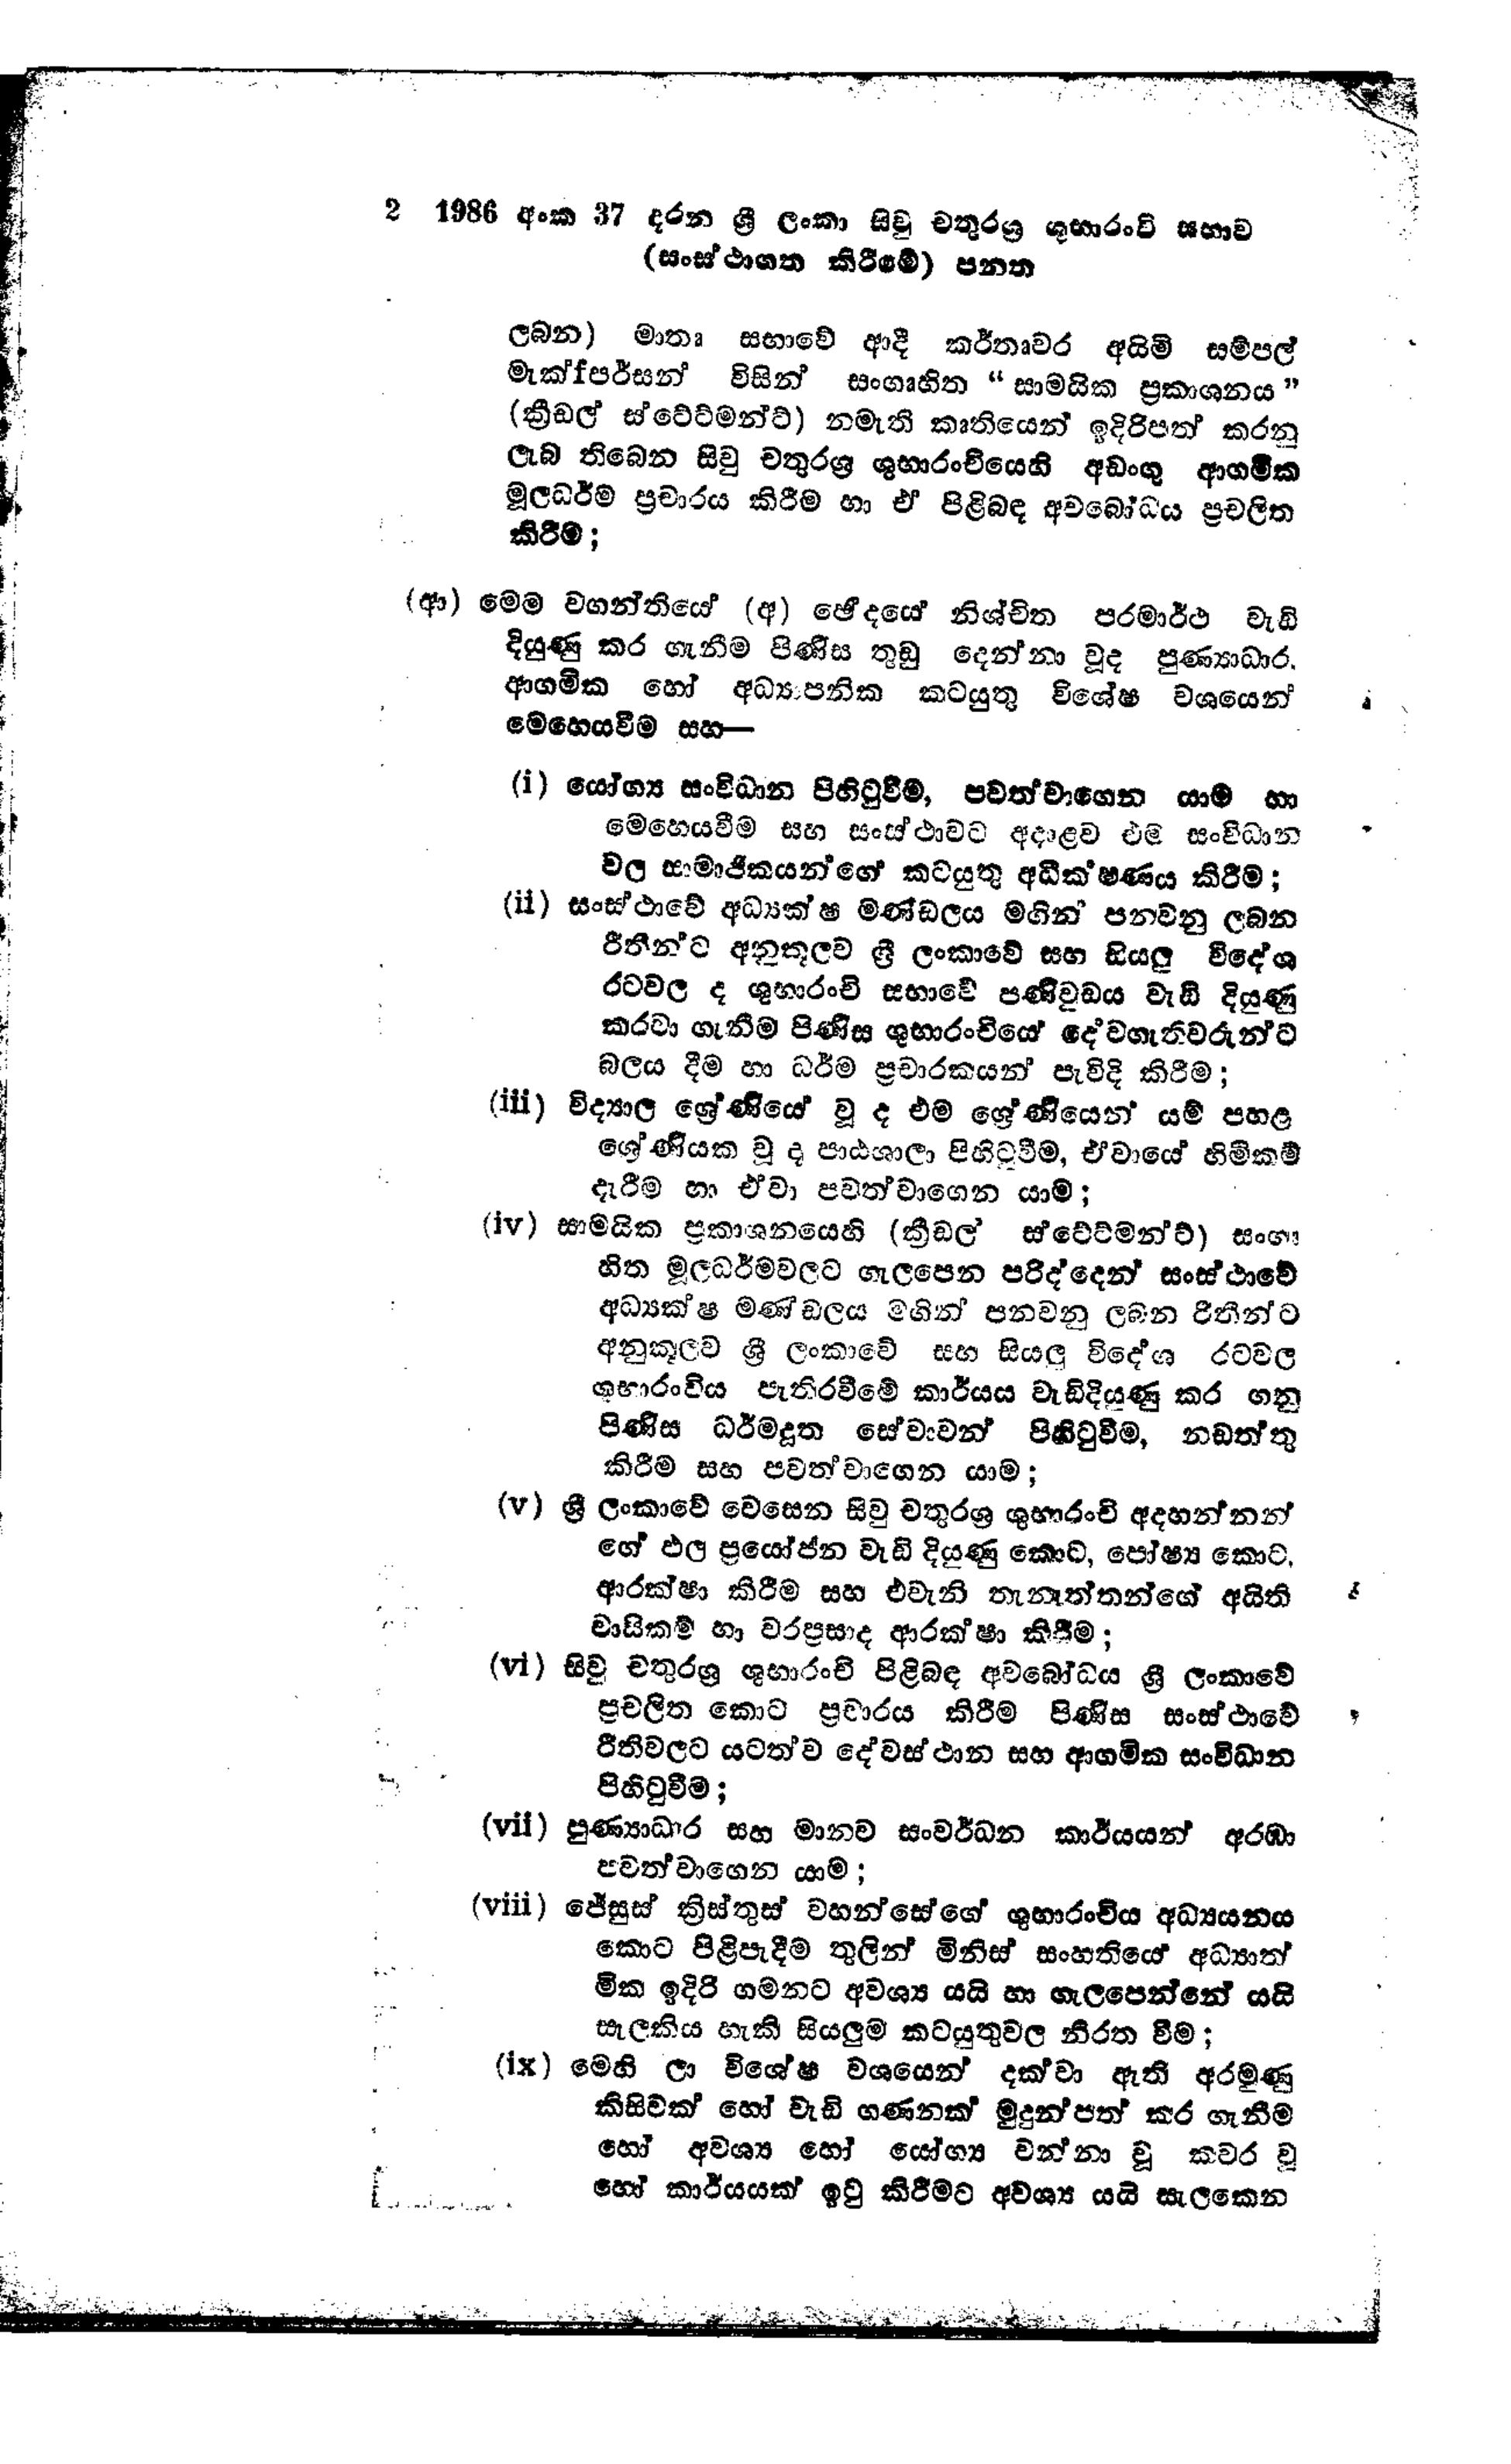
2 1986 අංක 37 දරන ශ්‍රී ලංකා සිවු චතුරශ්‍ර ශුභාරංචි සභාව
(සංස්ථාගත කිරීමේ) පනත

ලබන) මාතෘ සභාවේ ආදි කර්තෘවර අයිමි සම්පල්
මැක්ෆ්පර්සන් විසින් සංගෘහිත "සාමයික ප්‍රකාශනය"
(ක්‍රීඩල් ස්ටේට්මන්ට්) නමැති කෘතියෙන් ඉදිරිපත් කරනු
ලැබ තිබෙන සිවු චතුරශ්‍ර ශුභාරංචියෙහි අඩංගු ආගමික
මූල ධර්ම ප්‍රචාරය කිරීම හා ඒ පිළිබඳ අවබෝධය ප්‍රචලිත
කිරීම;

(ආ) මෙම වගන්තියේ (අ) ඡෙද‍යේ නිශ්චිත පරමාර්ථ වැඩි
දියුණු කර ගැනීම පිණිස තුඩු දෙන්නා වූද පුණ්‍යාධාර.
ආගමික හෝ අධ්‍යාපනික කටයුතු විශේෂ වශයෙන්
මෙහෙයවීම සහ—

(i) යෝග්‍ය සංවිධාන පිහිටුවීම, පවත්වාගෙන යාම හා
මෙහෙයවීම සහ සංස්ථාවට අදාළව එම සංවිධාන
වල සාමාජිකයන්ගේ කටයුතු අධීක්ෂණය කිරීම;

(ii) සංස්ථාවේ අධ්‍යක්ෂ මණ්ඩලය මගින් පනවනු ලබන
රීතීන්ට අනුකූලව ශ්‍රී ලංකාවේ සහ සියලු විදේශ
රටවල ද ශුභාරංචි සභාවේ පණිවුඩය වැඩි දියුණු
කරවා ගැනීම පිණිස ශුභාරංචියේ දේවගැතිවරුන්ට
බලය දීම හා ධර්ම ප්‍රචාරකයන් පැවිදි කිරීම;

(iii) විද්‍යාල ශ්‍රේණියේ වූ ද එම ශ්‍රේණියෙන් යම් පහළ
ශ්‍රේණියක වූ ද පාඨශාලා පිහිටුවීම, ඒවායේ හිමිකම්
දැරීම් හා ඒවා පවත්වාගෙන යාම්;

(iv) සාමයික ප්‍රකාශනයෙහි (ක්‍රීඩල් ස්ටේට්මන්ට්) සංගෘ
හිත මූලධර්මවලට ගැලපෙන පරිද්ද්දෙන් සංස්ථාවේ
අධ්‍යක්ෂ මණ්ඩලය මගින් පනවනු ලබන රිතීන්ට
අනුකූලව ශ්‍රී ලංකාවේ සහ සියලු විදේශ රටවල
ශුභාරංචිය පැතිරවීමේ කාර්යය වැඩි දියුණු කර ගනු
පිණිස ධර්මදූත සේවාවන් පිහිටුවීම, නඩත්තු
කිරීම සහ පවත්වාගෙන යාම;

(v) ශ්‍රී ලංකාවේ වෙසෙන සිවු චතුරශ්‍ර ශුභාරංචි අදහන්නන්
ගේ ඵල ප්‍රයෝජන වැඩි දියුණු කොට, පෝෂ්‍ය කොට
ආරක්ෂා කිරීම සහ එවැනි තැනැත්තන්ගේ අයිති
වාසිකම් හා වරප්‍රසාද ආරක්ෂා කිරීම;

(vi) සිවු චතුරශ්‍ර ශුභාරංචි පිළිබඳ අවබෝධය ශ්‍රී ලංකාවේ
ප්‍රචලිත කොට ප්‍රචාරය කිරීම පිණිස සංස්ථාවේ
රීතිවලට යටත්ව දේවස්ථාන සහ ආගමික සංවිධාන
පිහිටුවීම;

(vii) පුණ්‍යාධාර සහ මානව සංවර්ධන කාර්යයන් අරඹා
පවත්වාගෙන යාම;

(viii) ජේසුස් ක්‍රිස්තුස් වහන්සේගේ ශුභාරංචිය අධ්‍යයනය
කොට පිළිපැදීම තුලින් මිනිස් සංහතියේ අධ්‍යාත්
මික ඉදිරි ගමනට අවශ්‍ය යයි හා ගැලපෙන්නේ යයි
සැලකිය හැකි සියලුම කටයුතු වල නිරත වීම;

(ix) මෙහි ලා විශේෂ වශයෙන් දක්වා ඇති අරමුණු
කිසිවක් හෝ වැඩි ගණනක් මුදුන්පත් කර ගැනීම
හෝ අවශ්‍ය හෝ යෝග්‍ය වන්නා වූ කවර වූ
හෝ කාර්යයක් ඉටු කිරීමට අවශ්‍ය යයි සැලකෙන